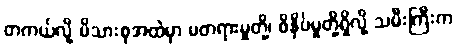
တကယ်လို့ မိသားစုအထဲမှာ မတရားမှုတို့၊ ဖိနှိပ်မှုတို့ရှိလို့ သမီးကြီးက